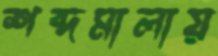
শব্দমালায়